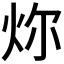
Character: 𪸞